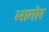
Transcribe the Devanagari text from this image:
भागोर